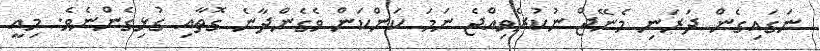
ނަގައިގެން ދަރަނި މެނޭޖް ނުކުރެވިއްޖެ ނަމަ ކަންކަން ވެގެންދާނެ ގޮތާއި ގުޅިގެންނެވެ. މިއީ